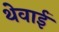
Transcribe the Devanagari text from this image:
थेवाई